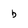
Character: b